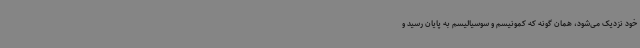
خود نزدیک می‌شود، همان گونه که کمونیسم و سوسیالیسم به پایان رسید و